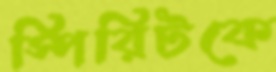
স্পিরিটকে